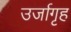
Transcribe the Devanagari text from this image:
उर्जागृह